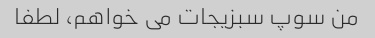
من سوپ سبزیجات می خواهم، لطفا